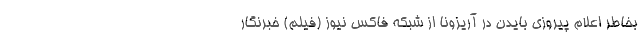
بخاطر اعلام پیروزی بایدن در آریزونا از شبکه فاکس نیوز (فیلم) خبرنگار